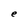
Character: e